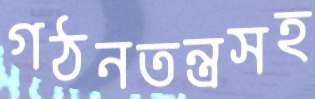
গঠনতন্ত্রসহ